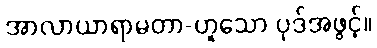
အာလာယာရာမတာ-ဟူသော ပုဒ်အဖွင့်။